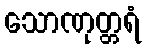
သောဏုတ္တရံ